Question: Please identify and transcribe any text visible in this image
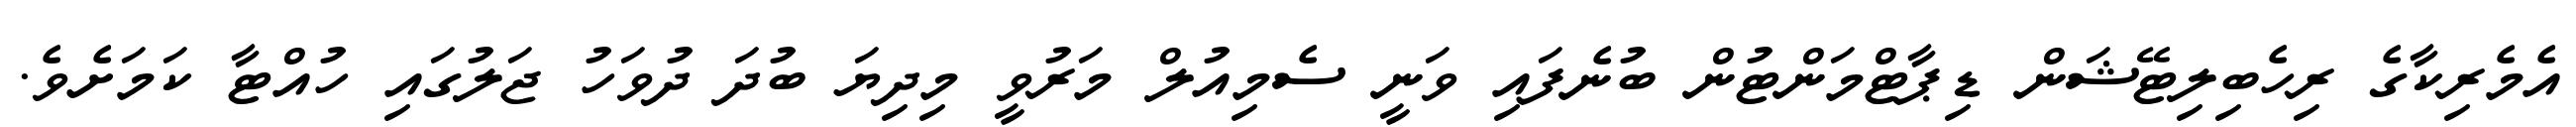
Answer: އެމެރިކާގެ ރިހެބިލިޓޭޝަން ޑިޕާޓްމަންޓުން ބުނެފައި ވަނީ ސެމިއުލް މަރުވީ މިދިޔަ ބުދަ ދުވަހު ޖަލުގައި ހުއްޓާ ކަމަށެވެ.